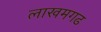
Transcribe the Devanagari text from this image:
लाखमगढ